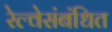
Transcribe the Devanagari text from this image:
रेल्वेसंबंधित